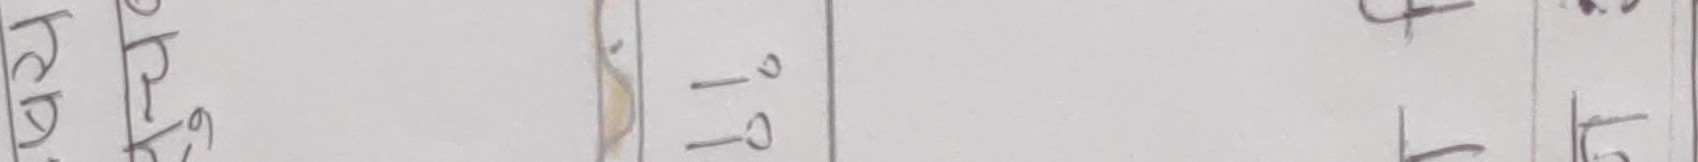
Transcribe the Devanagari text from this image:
हर १७ क
५.३ १० 15